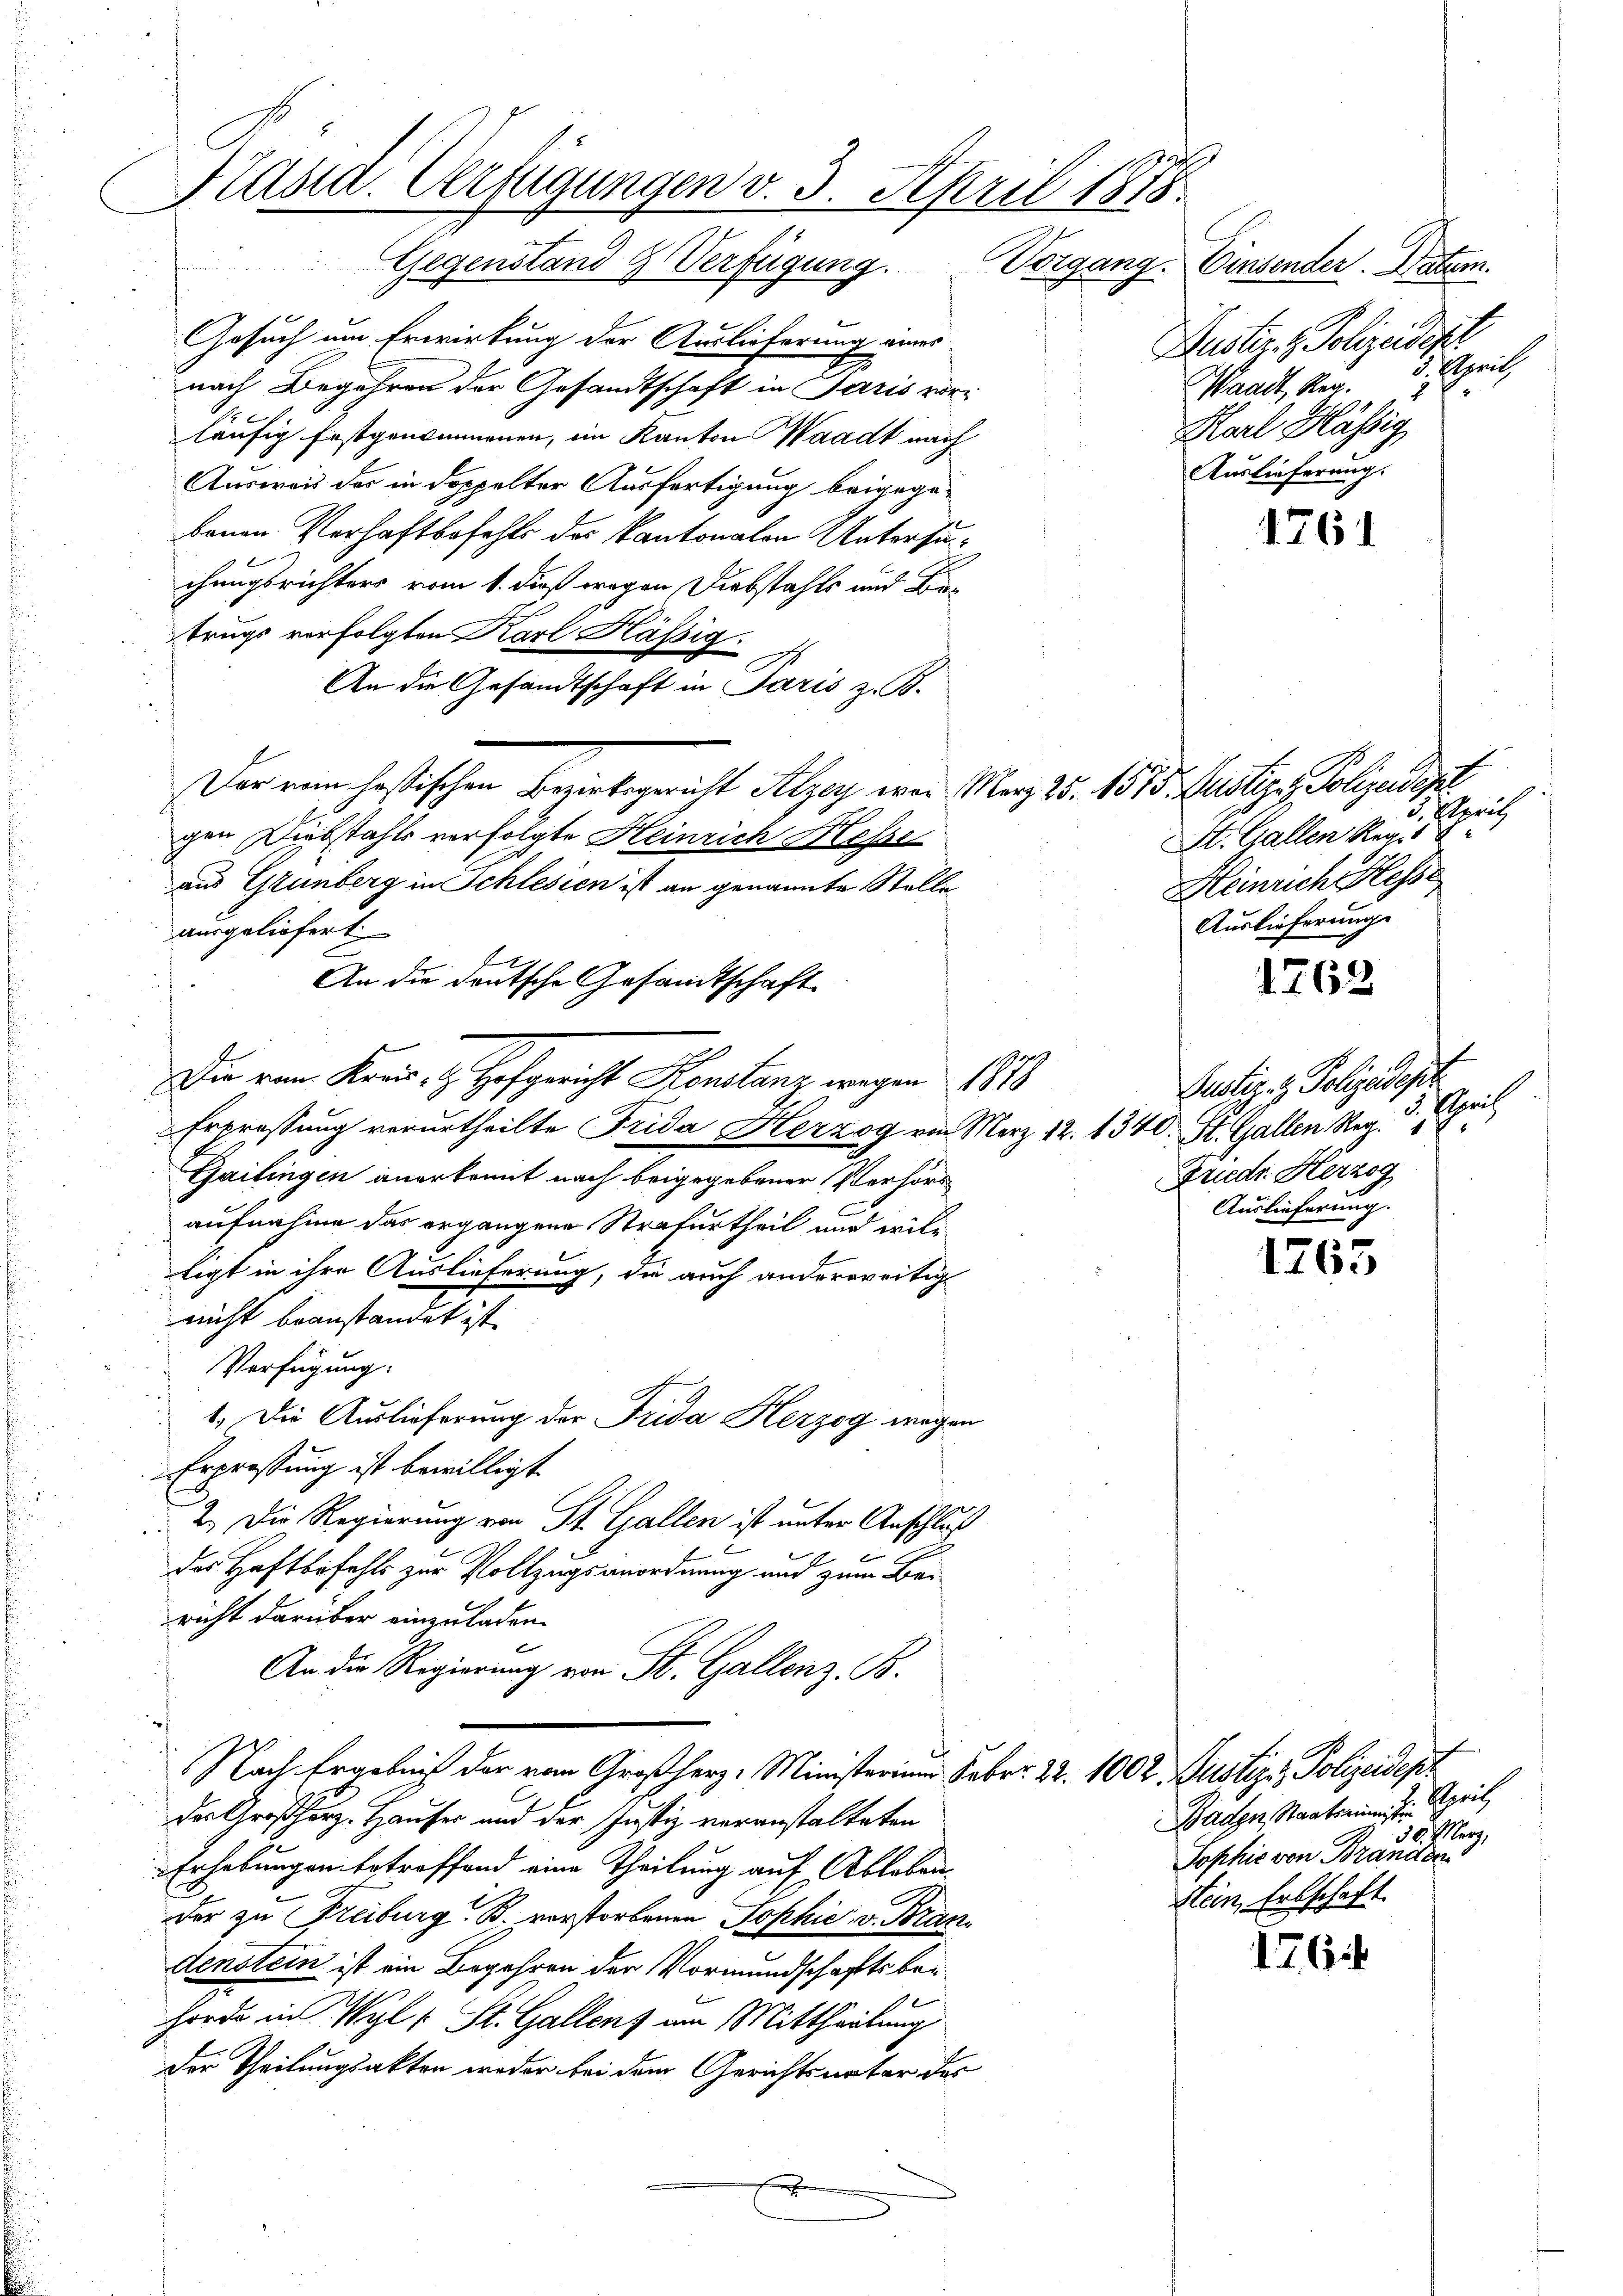
Präsid. Verfügungen v. 3. April 1878.

Gegenstand & Verfügung.
Gesuch um Erwirkung der Auslieferung eines
nach Begehren der Gesandtschaft in Paris vorläufig festgenommenen, ein Kanton Waadt nach
Ausweis der in doppelter Ausfertigung beigegebauen Verhaftbefehls des Kantonalen Untersucchungsrichters vom 1. daß wegen Diebstahls und Betrugs verfolgten Karl Flässig.
An die Gesandtschaft in Paris z. B.
Der von hastischen Bezirksgericht Alzey war März 25. 1575. Justiz, Polizeidept
gen Diebstahls verfolgte Heinrich Hesse
aus Grünberg in Schlesien ist an genannte Stelle
ausgeliefert
An die deutsche Gesandtschaft
Die vom Kons. Z. Hofgericht Henstanz wegen 1888
 Erpressung verurtheilte Frida Herzog von Merz 12. 1340. St. Gallen Reg.
Gailingen anerkennt nach beigegebener Verhörs
aufnahme das ergangene Strafurtheil und wiltigt in ihre Auslieferung, da auch anderweitig
nicht beanständet ist.
Verfügung:
1. Die Auslieferung der Frida Herzog wegen
Erpressung ist bewilligt.
2.) Die Regierung von St. Gallen ist unter Anschluß
.
des Haftbefehls zur Vollzugsanordnung und zum Beiricht darüber einzuladen.
An die Regierung von St. Gallenz. B.
Nach Ergebnis der vom Großherz, Ministerium Feber 22. 1002 Justiz, Polizeidept
des Großherz. Hauser und der Justiz veranstalteten
Erhebungen betreffend eine Theilung auf Ableben.
der zu Freiburg B. vorstorbenen Sophie v. Brandenstein ist ein Begehren der Vormundschaftsbei¬
Forde in Wyl : St. Gallenz am Mittheilung
Der Theilungsakten weder bei dem Gerichtsnatur des
f

Vorgang.
Einsender. Datum.
Dustiz & Polizeidigt
3., Esprich
Waadt, Reg.
8
Harl Blässig
Auslieferung.

3. April
St. Gallen Regis
Heinrich Hesse
Auslieferungs

Justiz- & Polizeipr
Esprich
7.
Friedr. Herzog
Auslieferung.

176

1762

1765

7.6.

Baden, Staatsmini 7. April
18 er
Sophie von Brandve
Stein, Erbschaft